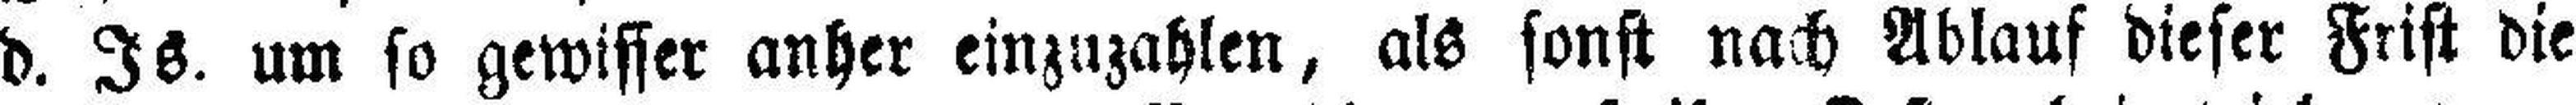
d. Is. um so gewisser anher einzuzahlen, als sonst nach Ablauf dieser Frist die